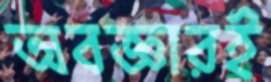
অবজ্ঞারই